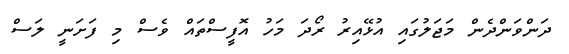
ދަންވަންދެން މަޖަލުގައި އުޅޭއިރު ރޯދަ މަހު އޮފީސްތައް ވެސް މި ފަށަނީ ލަސް